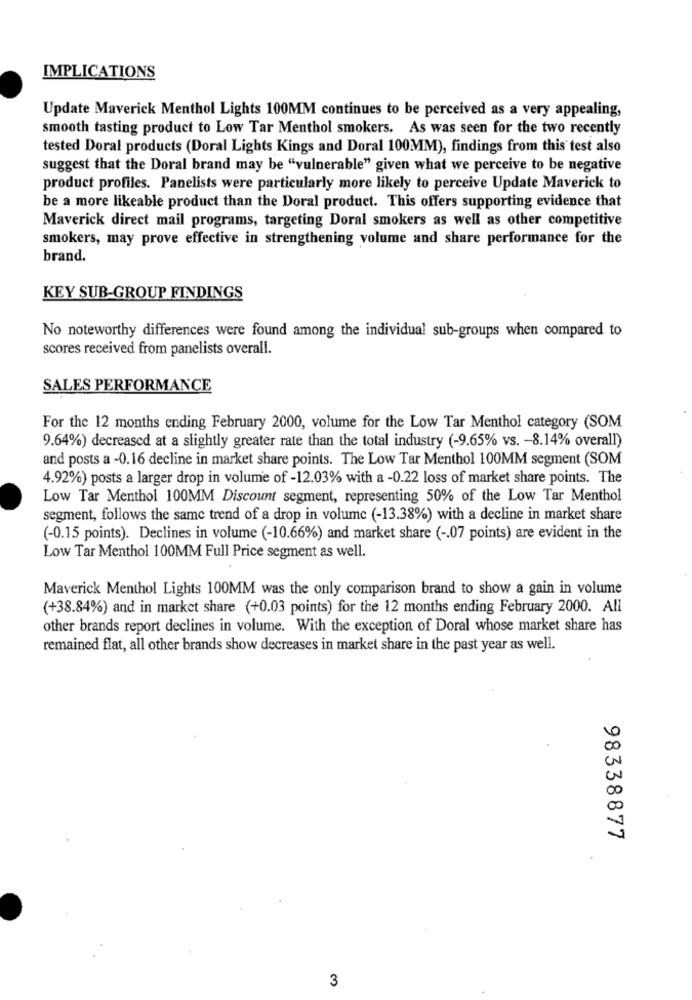
IMPLICATIONS
Update Maverick Menthol Lights 100MM continues to be perceived as a very appealing,
smooth tasting product to Low Tar Menthol smokers. As was seen for the two recently
tested Doral products (Doral Lights Kings and Doral 100MM), findings from this test also
suggest that the Doral brand may be "vulnerable" given what we perceive to be negative
product profiles. Panelists were particularly more likely to perceive Update Maverick to
be a more likeable product than the Doral product. This offers supporting evidence that
Maverick direct mail programs, targeting Doral smokers as well as other competitive
smokers, may prove effective in strengthening volume and share performance for the
brand.
KEY SUB-GROUP FINDINGS
No noteworthy differences were found among the individual sub-groups when compared to
scores received from panelists overall.
SALES PERFORMANCE
For the 12 months ending February 2000, volume for the Low Tar Menthol category (SOM
9.64%) decreased at a slightly greater rate than the total industry (-9.65% vs. - 8.14% overall)
and posts a -0.16 decline in market share points. The Low Tar Menthol 100MM segment (SOM
4.92%) posts a larger drop in volume of -12.03% with a -0.22 loss of market share points. The
Low Tar Menthol 100MM Discount segment, representing 50% of the Low Tar Menthol
segment, follows the same trend of a drop in volume (-13.38%) with a decline in market share
(-0.15 points). Declines in volume (-10.66%) and market share ( -. 07 points) are evident in the
Low Tar Menthol 100MM Full Price segment as well.
Maverick Menthol Lights 100MM was the only comparison brand to show a gain in volume
(+38.84%) and in market share (+0.03 points) for the 12 months ending February 2000. All
other brands report declines in volume. With the exception of Doral whose market share has
remained flat, all other brands show decreases in market share in the past year as well.
00
00
98338877
3